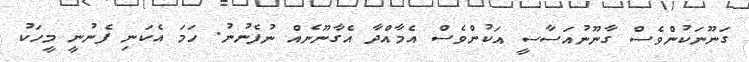
ގަނޫނަކުންވެސް ގާނޫނުއަސާސީ އަކުންވެސް އެމާއްދާ އެގާނޫނެއް ނުފެނުނު. ހަމަ އެކަނި ފެނުނީ މީހަކު